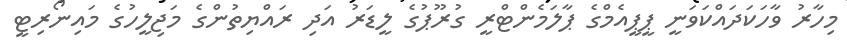
މިހާރު ވާހަކަދައްކަވަނީ ޕީޕީއެމްގެ ޕާލަމެންޓްރީ ގުރޫޕުގެ ލީޑަރު އަދި ރައްޔިތުންގެ މަޖިލީހުގެ މައިނޯރިޓީ